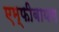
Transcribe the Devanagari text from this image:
एम्फीबायस